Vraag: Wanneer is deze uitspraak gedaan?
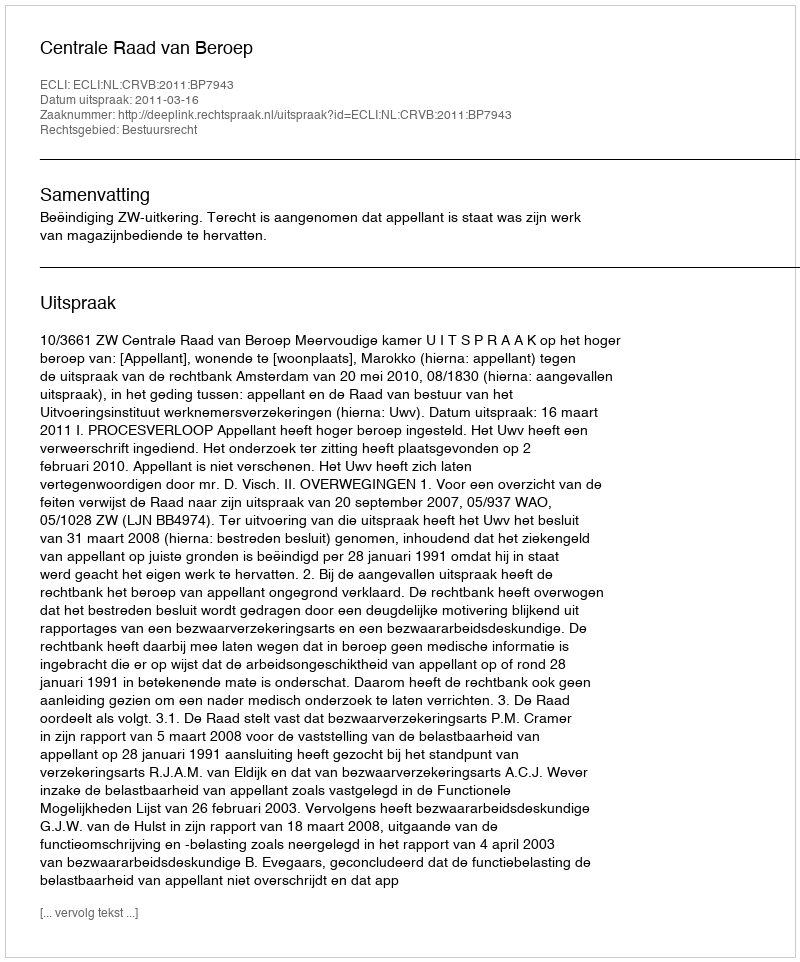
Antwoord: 2011-03-16